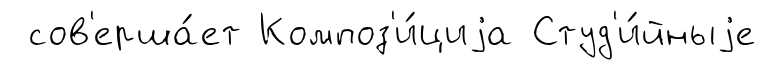
сов'ерша́ет Композ'и́циjа Студ'и́йныjе